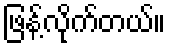
ဖြန့်လိုက်တယ်။